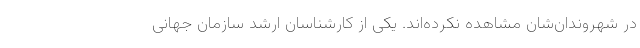
در شهروندان‌شان مشاهده نکرده‌اند. یکی از کارشناسان ارشد سازمان جهانی